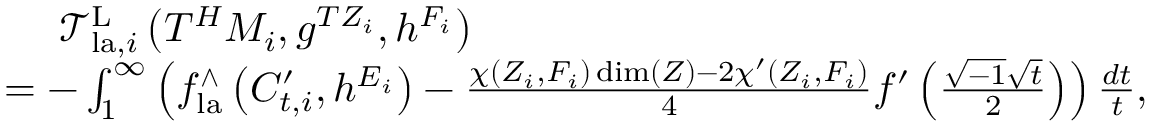
\begin{array} { r l r } & { \ \ \ \ \mathcal { T } _ { \mathrm { l a } , i } ^ { \mathrm { L } } \left( T ^ { H } M _ { i } , g ^ { T Z _ { i } } , h ^ { F _ { i } } \right) } & \\ & { = - \int _ { 1 } ^ { \infty } \left( f _ { \mathrm { l a } } ^ { \wedge } \left( C _ { t , i } ^ { \prime } , h ^ { E _ { i } } \right) - \frac { \chi ( Z _ { i } , F _ { i } ) \dim ( Z ) - 2 \chi ^ { \prime } ( Z _ { i } , F _ { i } ) } { 4 } f ^ { \prime } \left( \frac { \sqrt { - 1 } \sqrt { t } } { 2 } \right) \right) \frac { d t } { t } , } \end{array}